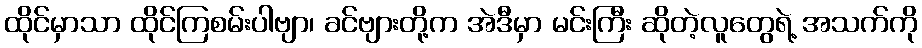
ထိုင်မှာသာ ထိုင်ကြစမ်းပါဗျာ၊ ခင်ဗျားတို့က အဲဒီမှာ မင်းကြီး ဆိုတဲ့လူတွေရဲ့ အသက်ကို